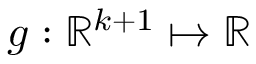
g : \mathbb { R } ^ { k + 1 } \mapsto \mathbb { R }